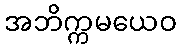
အဘိက္ကမယေဝ